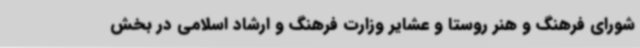
شورای فرهنگ و هنر روستا و عشایر وزارت فرهنگ و ارشاد اسلامی در بخش